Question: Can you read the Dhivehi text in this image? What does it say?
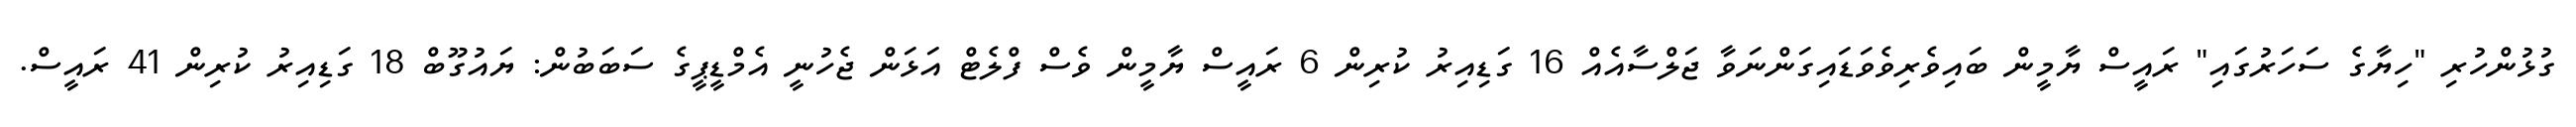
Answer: ގުޅުންހުރި "ހިޔާގެ ސަހަރުގައި" ރައީސް ޔާމީން ބައިވެރިވެވަޑައިގަންނަވާ ޖަލްސާއެއް 16 ގަޑިއިރު ކުރިން 6 ރައީސް ޔާމީން ވެސް ފްލެޓް އަޅަން ޖެހުނީ އެމްޑީޕީގެ ސަބަބުން: ޔައުގޫބް 18 ގަޑިއިރު ކުރިން 41 ރައީސް.